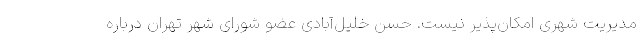
مدیریت شهری امکان‌پذیر نیست. حسن خلیل‌آبادی عضو شورای شهر تهران درباره